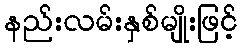
နည်းလမ်းနှစ်မျိုးဖြင့်